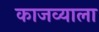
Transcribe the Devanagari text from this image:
काजव्याला